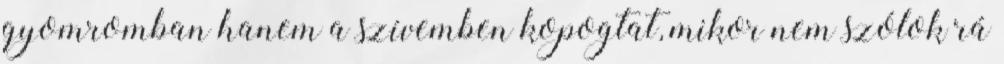
gyomromban hanem a szívemben kopogtat, mikor nem szólok rá